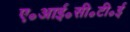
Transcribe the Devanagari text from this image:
ए॰आई॰सी॰टी॰ई